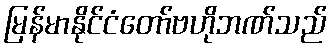
မြန်မာနိုင်ငံတော်ဗဟိုဘဏ်သည်